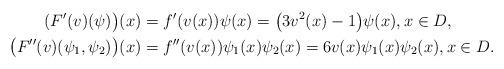
LaTeX: \begin{align*}(F'(v)(\psi)\big)(x)&=f'(v(x))\psi(x)=\big(3v^2(x)-1\big)\psi(x),x\in D,\\\big(F''(v)(\psi_1,\psi_2)\big)(x)&=f''(v(x))\psi_1(x)\psi_2(x)=6v(x)\psi_1(x)\psi_2(x),x\in D.\end{align*}